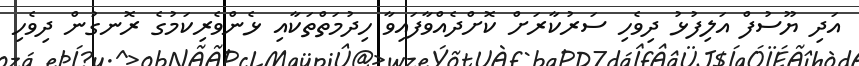
އަދި ޔޫސުފް އަލިފުޅު ދިވެހި ސަރުކާރަށް ކޮށްދެއްވާފައިވާ ހިދުމަތްތަކާއި ޅެންވެރިކަމުގެ ރޮނގުން ދިވެހި